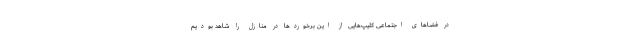
در فضاهای اجتماعی کلیپ‌هایی از این برخوردها در منازل را شاهد بودیم